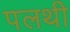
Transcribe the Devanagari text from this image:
पलथी